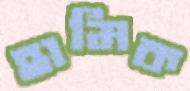
হামিক